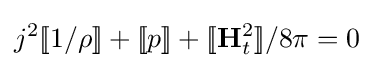
j^{2}[\![1/\rho ]\!]+[\![p]\!]+[\![\mathbf {H} _{t}^{2}]\!]/8\pi =0